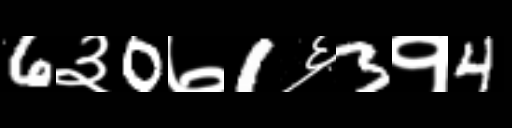
Text: 6३0७1६3१4